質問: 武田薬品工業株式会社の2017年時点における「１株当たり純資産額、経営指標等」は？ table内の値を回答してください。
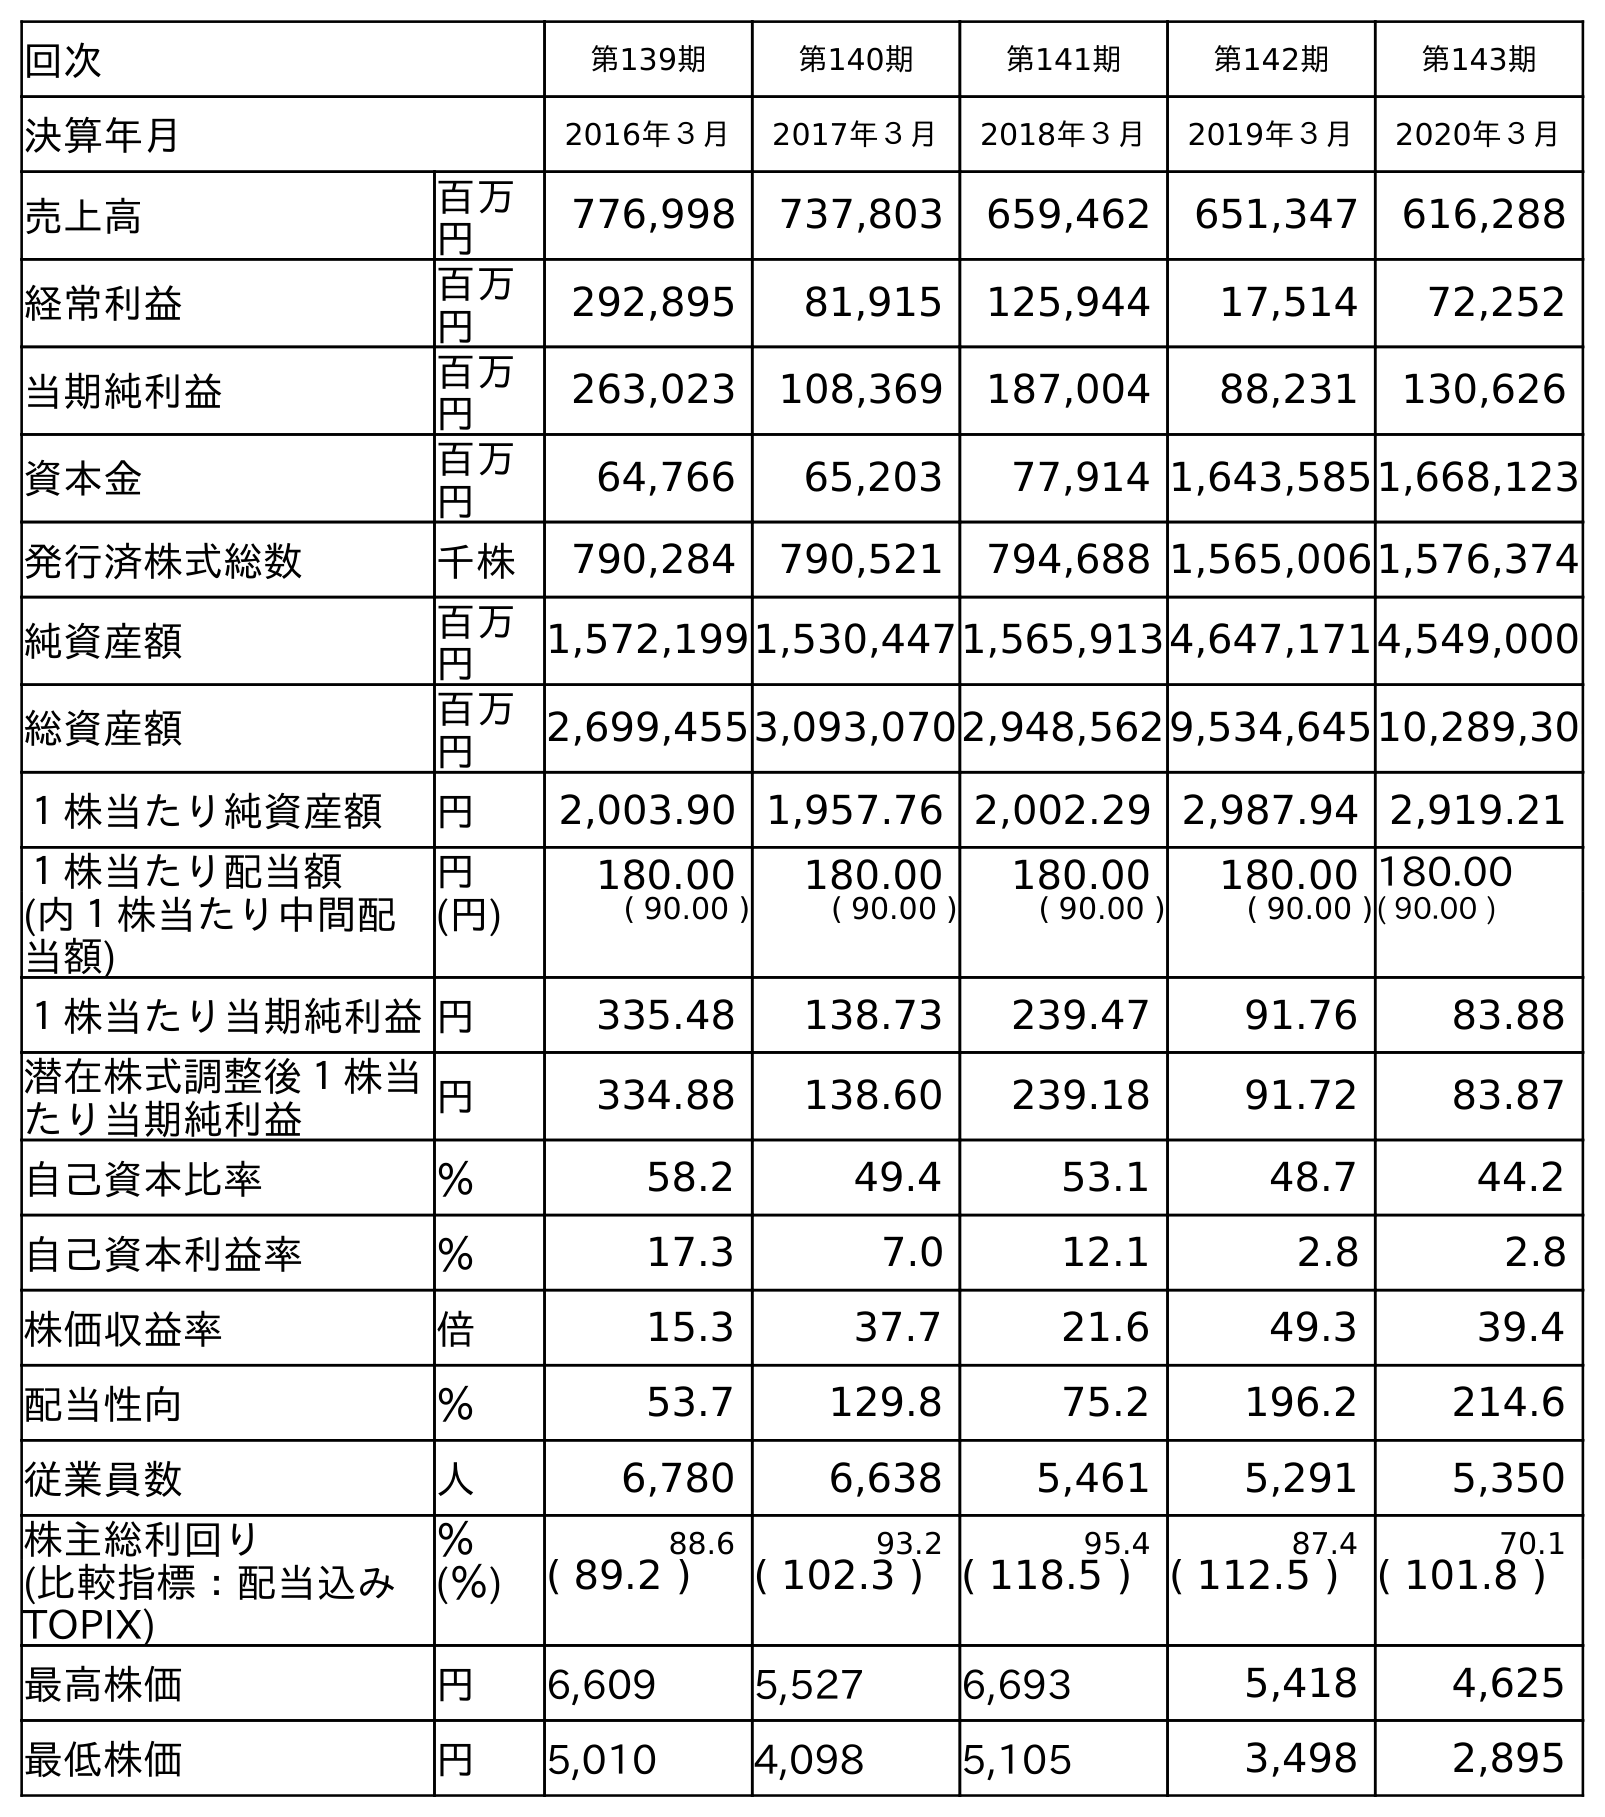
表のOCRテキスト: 回次 第139期 第140期 第141期 第142期 第143期 決算年月 2016年３月 2017年３月 2018年３月 2019年３月 2020年３月 売上高 百万 円 776,998 737,803 659,462 651,347 616,288 経常利益 百万 円 292,895 81,915 125,944 17,514 72,252 当期純利益 百万 円 263,023 108,369 187,004 88,231 130,626 資本金 百万 円 64,766 65,203 77,914 1,643,5851,668,123 発行済株式総数 千株 790,284 790,521 794,688 1,565,0061,576,374 純資産額 百万 円 1,572,1991,530,4471,565,9134,647,1714,549,000 総資産額 百万 円 2,699,4553,093,0702,948,5629,534,64510,289,30 １株当たり純資産額 円 2,003.90 1,957.76 2,002.29 2,987.94 2,919.21 １株当たり配当額 円 180.00 180.00 180.00 180.00 180.00 (内１株当たり中間配 当額) (円) ( 90.00 ) ( 90.00 ) ( 90.00 ) ( 90.00 )( 90.00 ) １株当たり当期純利益円 335.48 138.73 239.47 91.76 83.88 潜在株式調整後１株当 たり当期純利益 円 334.88 138.60 239.18 91.72 83.87 自己資本比率 ％ 58.2 49.4 53.1 48.7 44.2 自己資本利益率 ％ 17.3 7.0 12.1 2.8 2.8 株価収益率 倍 15.3 37.7 21.6 49.3 39.4 配当性向 ％ 53.7 129.8 75.2 196.2 214.6 従業員数 人 6,780 6,638 5,461 5,291 5,350 株主総利回り ％ 88.6 93.2 95.4 87.4 70.1 (比較指標：配当込み TOPIX) (％) ( 89.2 ) ( 102.3 ) ( 118.5 ) ( 112.5 ) ( 101.8 ) 最高株価 円 6,609 5,527 6,693 5,418 4,625 最低株価 円 5,010 4,098 5,105 3,498 2,895
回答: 1,957.76